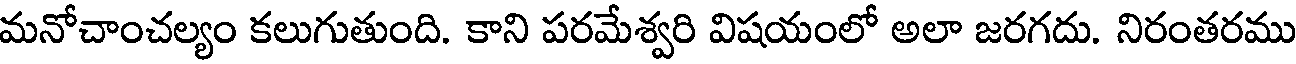
మనోచాంచల్యం కలుగుతుంది. కాని పరమేశ్వరి విషయంలో అలా జరగదు. నిరంతరము